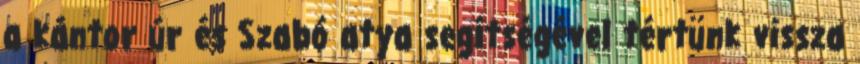
a kántor úr és Szabó atya segítségével tértünk vissza